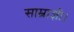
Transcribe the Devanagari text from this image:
साम्राज्ञी।